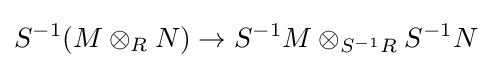
S^{-1}(M\otimes _{R}N)\to S^{-1}M\otimes _{S^{-1}R}S^{-1}N